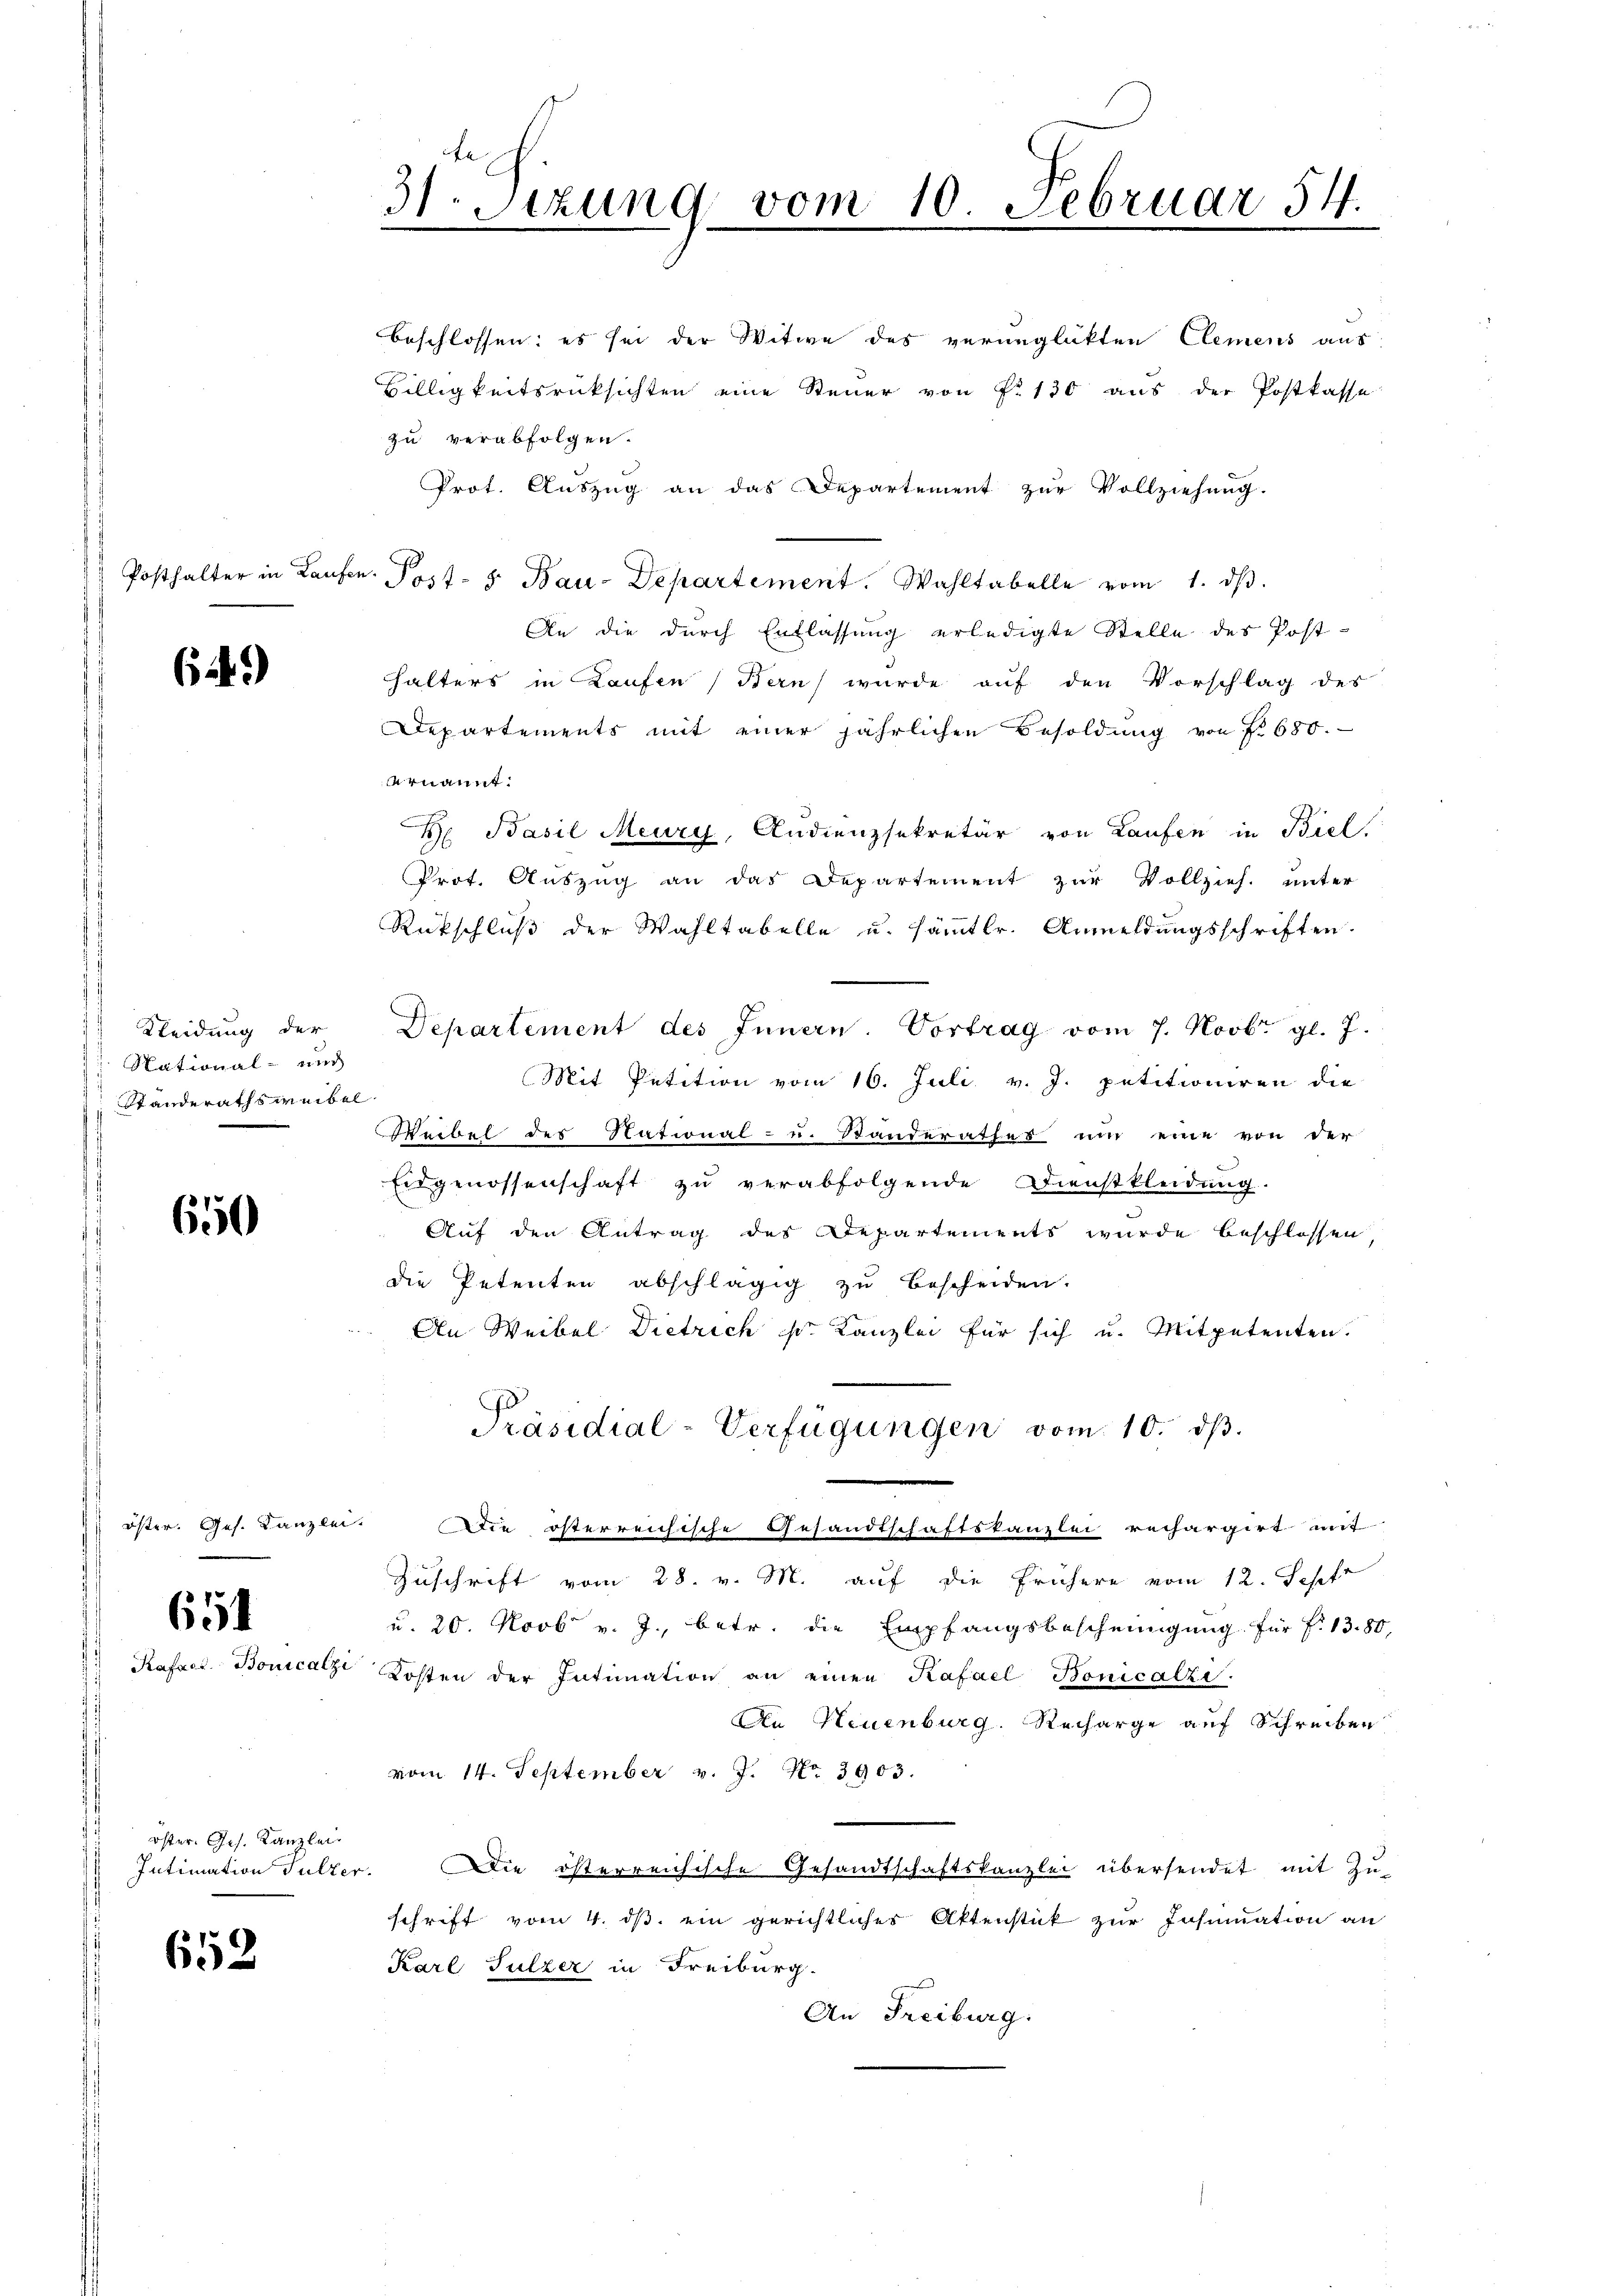
6.49)

Kleidung der
12. National- und
Standeraths weibel

650

654
Lafact. Bonicalz

öster. Ges. Kanzlei

652

31 Stzung vom 10. Februar 54.

beschlossen: es sei der Witwe des verunglückten Clemens aus
Billigkeitsrücksichten eine Steuer von Fr. 130 aus der Postkasse
zu verabfolgen.
Prot. Auszug an das Departement zur Vollziehung.
Posthalter in Laufen. Post- 5. Bau-Departement. Wahltabelle vom 1. dβ.
An die durch Entlassung erledigte Stelle des Post-
Halters in Laufen, Bern wurde auf den Vorschlag des
Departements mit einer jährlichen Besoldung von f. 680.
Arnannt.
H. Basil Meury, Audienzsekretär von Laufen in Biel,
Prof. Auszug an das Departement zur Vollzieh. unter
Rückschluß der Wahltabelle u. sämmtlr. Anmeldungsschriften.
Departement des Innern. Vortrag vom 7. Novbr. gl. 7.
Mit Intition vom 16. Juli v. J. petitioniren die
Weibel des National- u. Standerathes nur eine von der
Eidgenossenschaft zu verabfolgende Dienstkleidung.
Auf den Antrag des Departements wurde beschlossen,
die Petenten abschlägig zu bescheiden.
An Weibel Dietrich sr. Kanzlei für sich u. Mitpetenten.
Präsidial-Verfügungen vom 10. dβ.
öster. Ges. Kanzlei. Die österreichische Gesandtschaftskanzlei rechargirt mit
Zuschrift vom 28. v. M. auf die frühere vom 12. Sepf
u. 20. Novb v. J., betr. die Empfangsbescheinigung für f. 13. 80,
e
Kosten der Intimation an einen Kafael Bonicalzi
An Neuenburg. Recharge auf Schreiben
vom 14. September v. J. No 3903.
Intimation Fulter. Die österreichische Gesandtschaftskanzlei übersendet mit Zu-
schrift vom 4. ds. ein gerichtliches Aktenstück zur Insinuation an
Karl Sulzer in Freiburg.
An Freiburg.